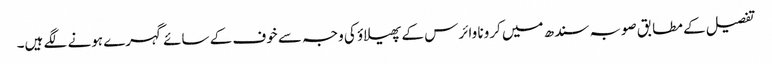
تفصیل کے مطابق صوبہ سندھ میں کرونا وائرس کے پھیلاؤ کی وجہ سے خوف کے سائے گہرے ہونے لگے ہیں۔